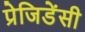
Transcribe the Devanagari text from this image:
प्रेजिडेंसी